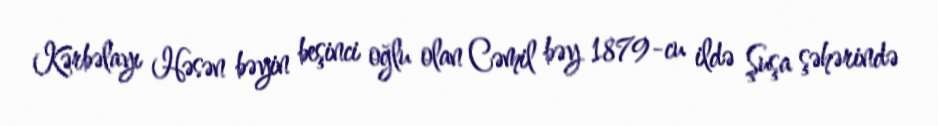
Kərbəlayı Həsən bəyin beşinci oğlu olan Cəmil bəy 1879-cu ildə Şuşa şəhərində